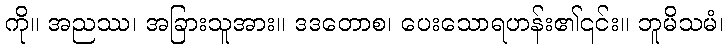
ကို။ အညဿ၊ အခြားသူအား။ ဒဒတောစ၊ ပေးသောရဟန်း၏၎င်း။ ဘူမိသမံ၊